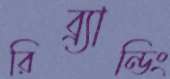
রিব্র্যান্ডিং